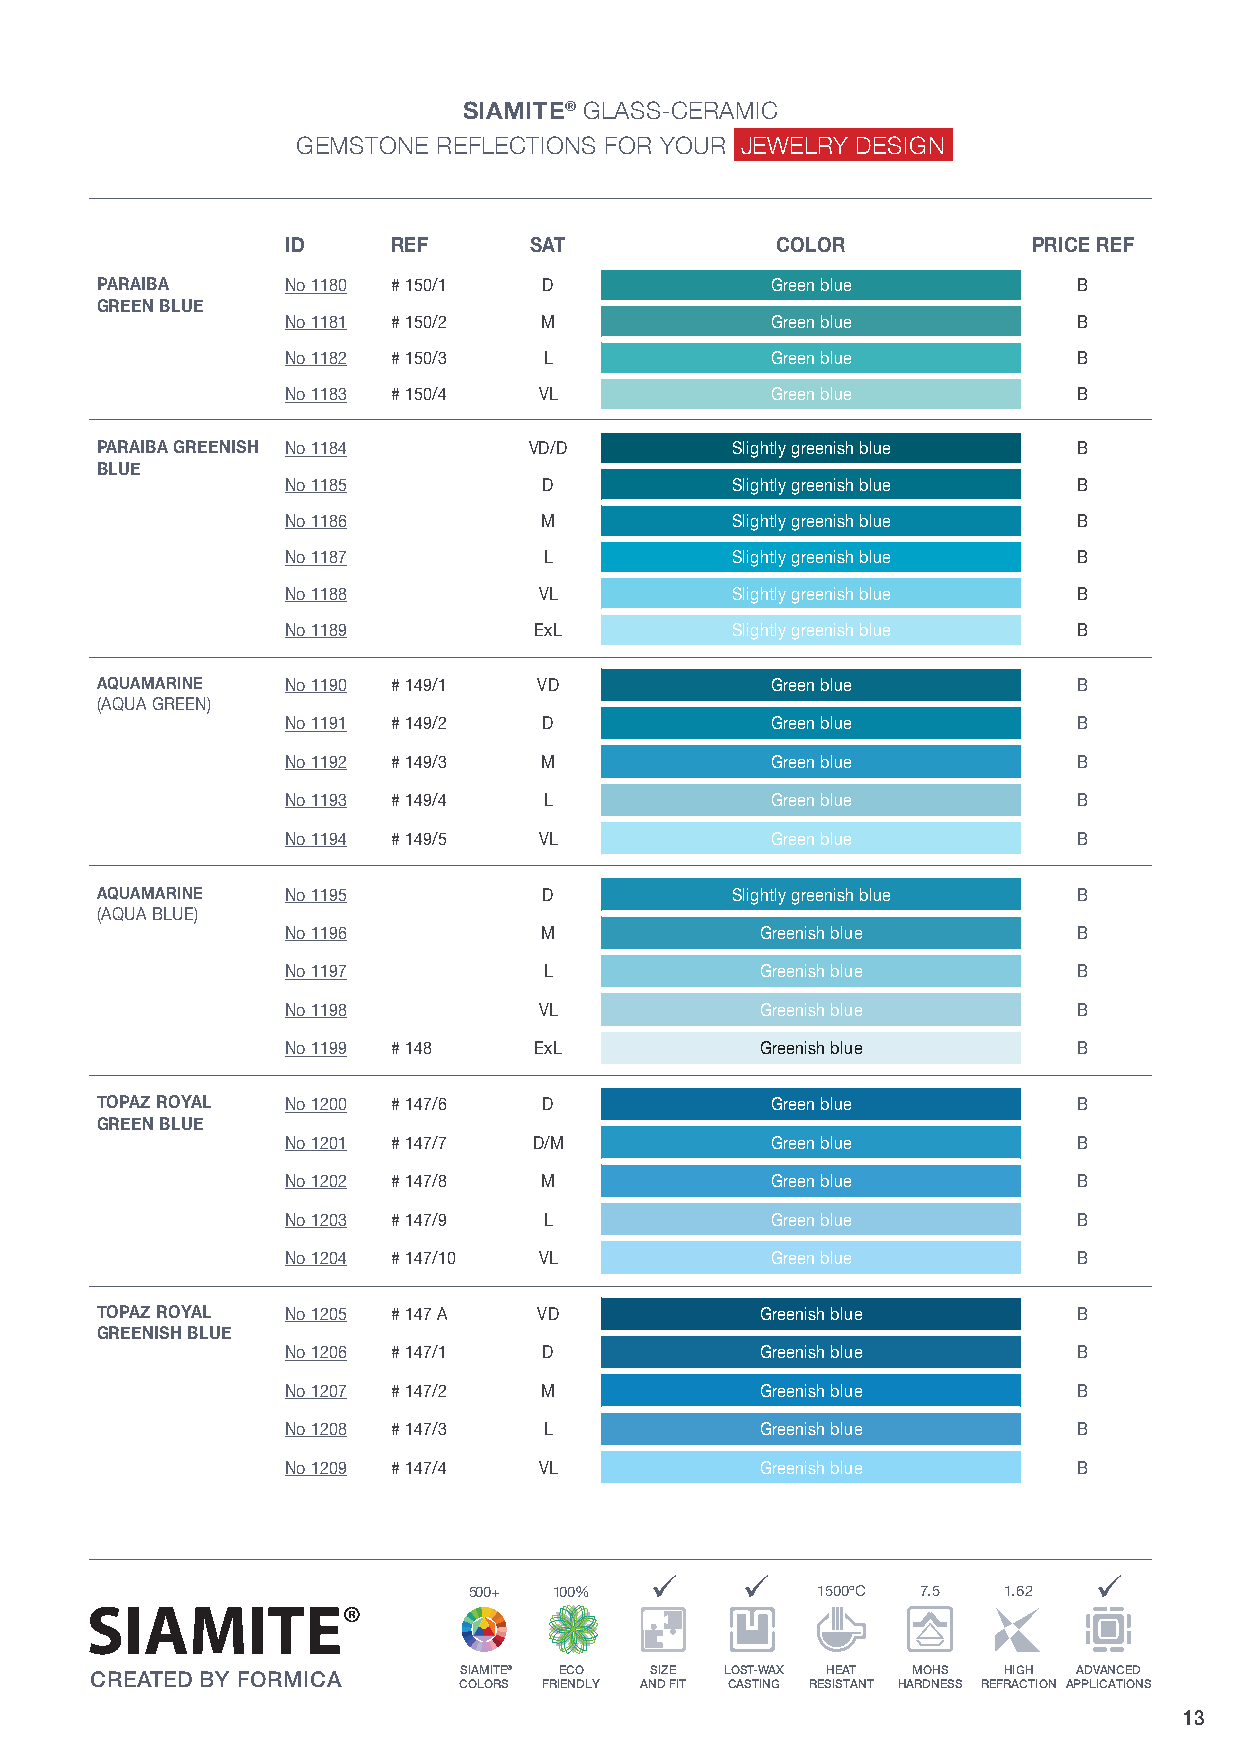
SIAMSIITAEM® IGTEEM® GSTLOASNSE- RCEEFRLAEMCITCIONS
 GEMSTONE RFEOFLRE YCOTUIORN SJ EFWOREL YROYU DRE SJIEGWNELRY DESIGN
 ID     REF      SAT             COLOR            PRICE REF
 PARAIBA      No 1180 # 150/1  D              Green blue          B
 GREEN BLUE
 No 1181 # 150/2  M              Green blue          B
 No 1182 # 150/3  L              Green blue          B
 No 1183 # 150/4  VL             Green blue          B
 PARAIBA GREENISH No 1184     VD/D         Slightly greenish blue B
 BLUE
 No 1185          D           Slightly greenish blue B
 No 1186          M           Slightly greenish blue B
 No 1187          L           Slightly greenish blue B
 No 1188          VL          Slightly greenish blue B
 No 1189         ExL          Slightly greenish blue B
 AQUAMARINE   No 1190 # 149/1  VD             Green blue          B
 (AQUA GREEN)
 No 1191 # 149/2  D              Green blue          B
 No 1192 # 149/3  M              Green blue          B
 No 1193 # 149/4  L              Green blue          B
 No 1194 # 149/5  VL             Green blue          B
 AQUAMARINE   No 1195          D           Slightly greenish blue B
 (AQUA BLUE)
 No 1196          M             Greenish blue        B
 No 1197          L             Greenish blue        B
 No 1198          VL            Greenish blue        B
 No 1199 # 148   ExL            Greenish blue        B
 TOPAZ ROYAL  No 1200 # 147/6  D              Green blue          B
 GREEN BLUE
 No 1201 # 147/7 D/M             Green blue          B
 No 1202 # 147/8  M              Green blue          B
 No 1203 # 147/9  L              Green blue          B
 No 1204 # 147/10 VL             Green blue          B
 TOPAZ ROYAL  No 1205 # 147 A  VD            Greenish blue        B
 GREENISH BLUE
 No 1206 # 147/1  D             Greenish blue        B
 No 1207 # 147/2  M             Greenish blue        B
 No 1208 # 147/3  L             Greenish blue        B
 No 1209 # 147/4  VL            Greenish blue        B
 ü     ü                      ü
 500+  100%             1500ºC 7.5  1.62
 SIAMITE® ECO SIZE LOST-WAX HE AT MOHS HIGH ADVANCED
 CREATED BY FORMICA
 COLORS FRIENDLY AND FIT CASTING RESISTANT HARDNESS REFRACTION APPLICATIONS
 13